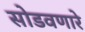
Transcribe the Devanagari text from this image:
सोडवणारे